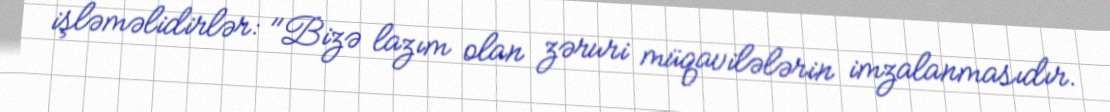
işləməlidirlər: "Bizə lazım olan zəruri müqavilələrin imzalanmasıdır.